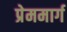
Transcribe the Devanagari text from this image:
प्रेममार्ग